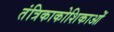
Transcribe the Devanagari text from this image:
तंत्रिकाकोशिकाओं